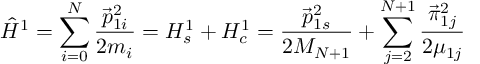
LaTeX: \hat { H } ^ { 1 } = \sum _ { i = 0 } ^ { N } \frac { \vec { p } _ { 1 i } ^ { 2 } } { 2 m _ { i } } = H _ { s } ^ { 1 } + H _ { c } ^ { 1 } = \frac { \vec { p } _ { 1 s } ^ { 2 } } { 2 M _ { N + 1 } } + \sum _ { j = 2 } ^ { N + 1 } \frac { \vec { \pi } _ { 1 j } ^ { 2 } } { 2 \mu _ { 1 j } }